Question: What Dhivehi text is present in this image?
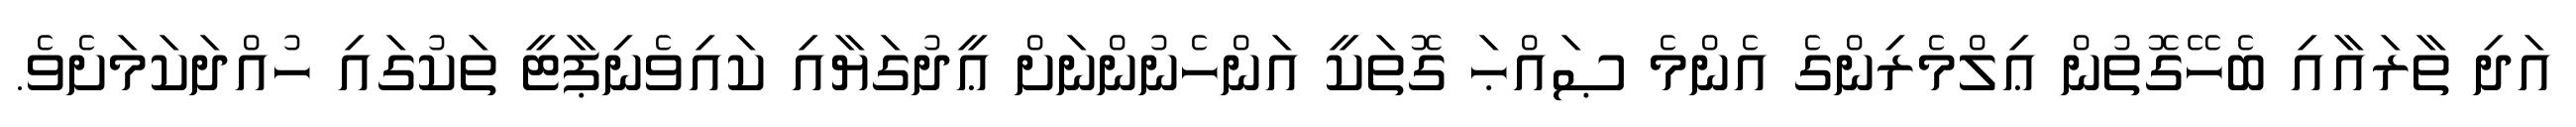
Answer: އަދި ތާރައާއި ބެހޭގޮތުން ޢިލްމެރިންގެ އެންމެ ޞައްޙަ ގޮތަކީ އަންހެނުންނަށް ޢީދުގަޔާއި ކައިވެނިޕާޓީ ތަކުގައި ހުއްދަކަމަށެވެ.